Report on vaccination in Madras 1922-1929 - 1922-1929
Year: 1922
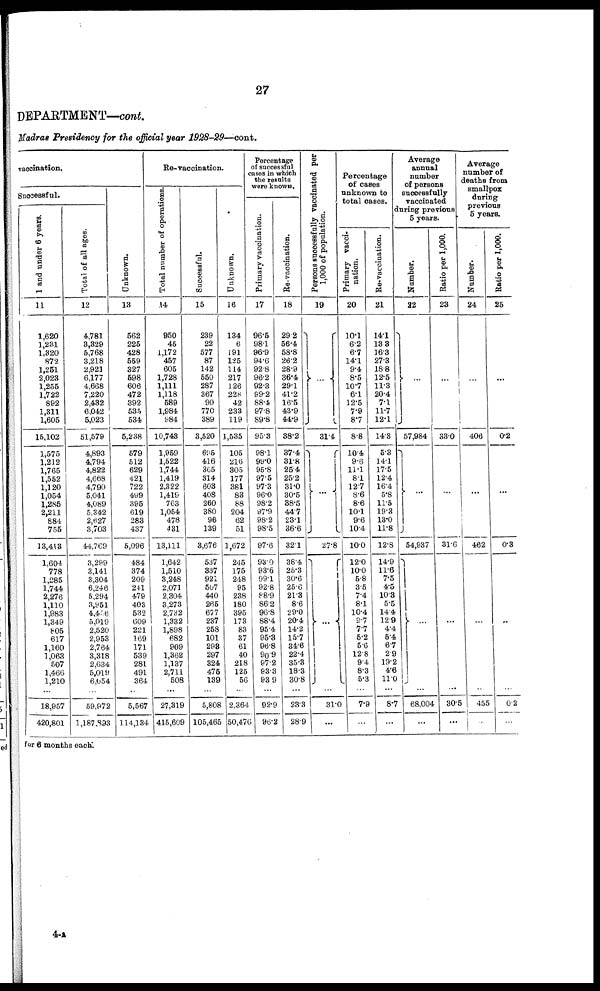
27
DEPARTMENT—cont.
Madras Presidency for the official year 1928-29—cont.
vaccination.
Successful.
1 and under 6 years.
11
1,620
1,231
1,320
872
1,251
2,023
1,255
1,722
892
1,311
1,605
15,102
1,575
1,212
1,765
1,552
1,120
1,054
1,285
2,211
884
755
13,413
1,604
778
1,285
1,744
2,276
1,110
1,983
1,349
805
617
1,160
1,063
507
1,466
1,210
...
18,957
420,801
Total of all ages.
12
4,781
3,329
5,768
3,218
2,921
6,177
4,668
7,220
2,432
6,042
5,023
51,579
4,893
4,794
4,822
4,668
4,790
5,041
4,089
5,342
2,627
3,703
44,769
3,299
3,141
3,304
6,246
5,294
3,951
4,456
5,019
2,520
2,953
2,764
3,318
2,634
5,019
6,054
...
59,972
1,187,893
Unknown.
13
562
225
428
559
327
598
606
472
392
535
534
5,238
579
512
629
421
722
499
395
619
283
437
5,096
484
374
209
241
479
403
532
609
221
169
171
539
281
491
364
...
5,567
114,134
Re-vaccination.
Total number of operations.
14
950
45
1,172
457
605
1,728
1,111
1,118
589
1,984
984
10,743
1,959
1,522
1,744
1,419
2,322
1,419
763
1,054
478
431
13,111
1,642
1,510
3,248
2,071
2,304
3,273
2,732
1,332
1,898
682
909
1,362
1,137
2,711
508
...
27,319
415,609
Successful.
15
239
22
577
87
142
550
287
367
90
770
389
3,520
695
416
365
314
603
408
260
380
96
139
3,676
537
337
921
507
440
265
677
237
258
101
298
297
324
475
139
...
5,808
105,465
Unknown.
16
134
6
191
125
114
217
126
228
42
233
119
1,535
105
216
305
177
381
83
88
204
62
51
1,672
245
175
248
95
238
180
395
173
83
37
61
40
218
125
56
...
2,364
50,476
Percentage
of successful
cases in which
the results
were known.
Primary vaccination.
17
96.5
98.1
96.9
94.6
92.8
96.2
92.3
99.2
88.4
97.8
89.8
95.3
98.1
99.0
95.8
97.5
97.3
96.0
98.2
97.9
98.2
98.5
97.6
93.0
93.6
99.1
92.8
88.9
86.2
96.8
88.4
95.4
95.3
96.8
90.9
97.2
93.3
93.9
...
92.9
96.2
Re-vaccination.
18
29.2
56.4
58.8
26.2
28.9
36.4
29.1
41.2
16.5
43.9
44.9
38.2
37.4
31.8
25.4
25.2
31.0
30.5
88.5
44.7
23.1
36.6
32.1
38.4
25.3
30.6
25.6
21.3
8.6
29.0
20.4
14.2
15.7
34.6
22.4
35.3
18.3
30.8
...
23.3
28.9
Persons successfully vaccinated per
1,000 of population.
19
...
31.4
...
27.8
...
...
31.0
...
Percentage
of cases
unknown to
total cases.
Primary vacci¬
nation.
20
10.1
6.2
6.7
14.1
9.4
8.5
10.7
6.1
12.5
7.9
8.7
8.8
10.4
9.6
11.1
8.1
12.7
8.6
8.6
10.1
9.6
10.4
10.0
12.0
10.0
5.8
3.5
7.4
8.1
10.4
9.7
7.7
5.2
5.6
12.8
9.4
8.3
5.3
...
7.9
...
Re-vaccination.
21
14.1
13.3
16.3
27.3
18.8
12.5
11.3
20.4
7.1
11.7
12.1
14.3
5.3
14.1
17.5
12.4
16.4
5.8
11.5
19.3
13.0
11.8
12.8
14.9
11.6
7.5
4.5
10.3
5.5
14.4
12.9
4.4
5.4
6.7
2.9
19.2
4.6
11.0
...
8.7
...
Average
annual
number
of persons
successfully
vaccinated
during previous
5 years.
Number.
22
...
57,984
...
54,937
...
...
68,004
...
Ratio per 1,000.
23
...
33.0
...
31.6
...
...
30.5
...
Average
number of
deaths from
smallpox
during
previous
5 years.
Number.
24
...
406
...
462
...
...
455
...
Ratio per 1,000.
25
...
0.2
...
0.3
...
...
0.2
...
for 6 months each.
4-A